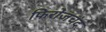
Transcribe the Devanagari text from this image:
फिरोजचंद